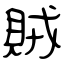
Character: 賊